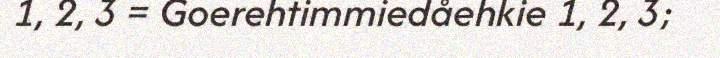
1, 2, 3 = Goerehtimmiedåehkie 1, 2, 3;